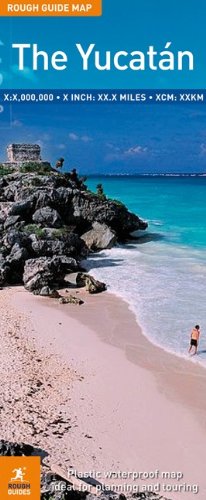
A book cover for The Rough Guide to The Yucatan (Rough Guide Map: Yucatan); Rough Guides; Travel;